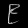
Digit: ၉